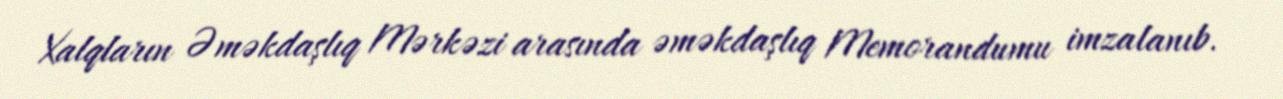
Xalqların Əməkdaşlıq Mərkəzi arasında əməkdaşlıq Memorandumu imzalanıb.